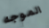
الموجه